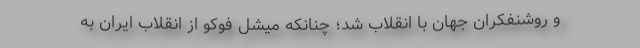
و روشنفکران جهان با انقلاب شد؛ چنانکه میشل فوکو از انقلاب ایران به